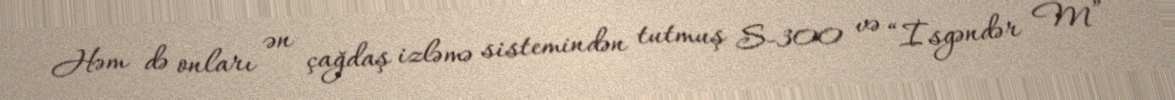
Həm də onları ən çağdaş izləmə sistemindən tutmuş S-300 və “İsgəndər M”